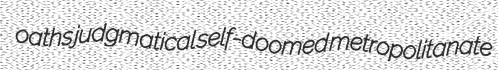
oaths judgmatical self-doomed metropolitanate